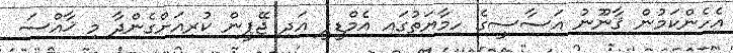
އެހެންކަމުން ޤާނޫނު އަސާސީގެ ހިމާޔަތުގައި އެމްޑީޕީ އަދި ޖޭޕީން ކުރިއަށްގެންދާ މި ޚާއްސަ